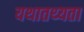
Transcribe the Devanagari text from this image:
यथातथ्‍यता